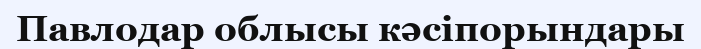
Павлодар облысы кәсіпорындары